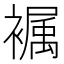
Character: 𧜭